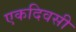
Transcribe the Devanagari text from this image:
एकदिवसी